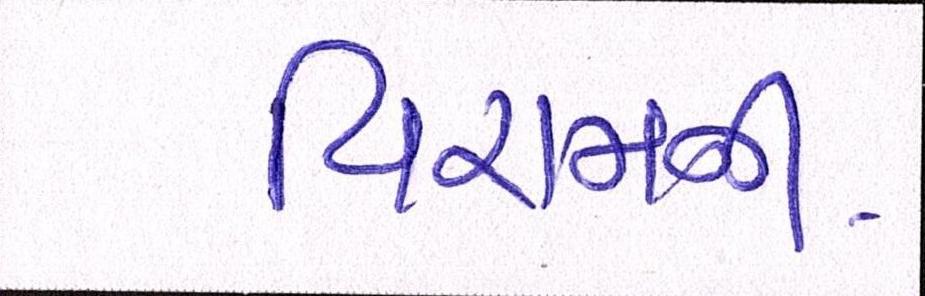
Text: વિરામની